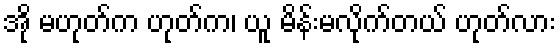
အို မဟုတ်က ဟုတ်က၊ ယူ မိန်းမလိုက်တယ် ဟုတ်လား